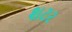
શટર